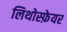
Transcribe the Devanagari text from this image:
लिथोस्फ़ेयर